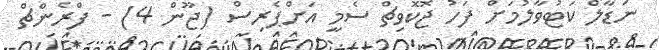
ނަޑާލް ކަޓުުވާލުމަށް ފަހު ޖޮކޮވިޗް ސެމީ އަށްޕެރިސް (ޖޫން 4) - ފްރެންޗް